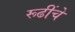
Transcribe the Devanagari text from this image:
रूढींचे